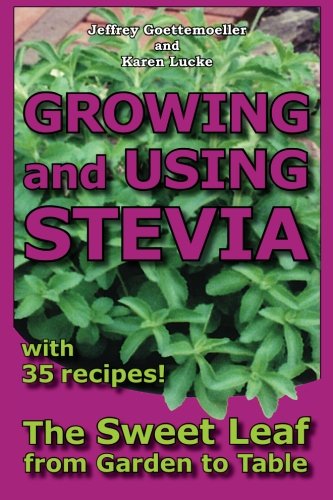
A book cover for Growing and Using Stevia: The Sweet Leaf from Garden to Table with 35 Recipes; Jeffrey Goettemoeller; Crafts, Hobbies & Home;